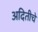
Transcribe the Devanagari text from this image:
अदितीचे